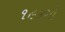
૧૯૪મો